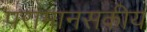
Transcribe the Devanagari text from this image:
परामानसकीय